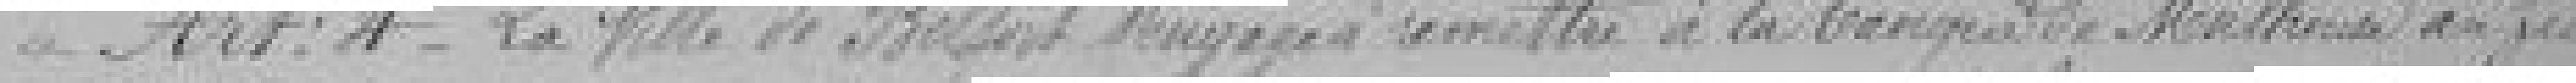
Art.4  La ville de Belfort s'engage à remettre à la banque de Mulhouse au fur